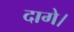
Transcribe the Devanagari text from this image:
दागे।